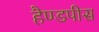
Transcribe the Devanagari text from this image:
हैण्डपीस